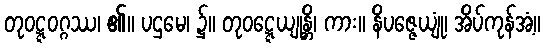
တုဝဋ္ဋဝဂ္ဂဿ၊ ၏။ ပဌမေ၊ ၌။ တုဝဋ္ဋေယျုန္တိ၊ ကား။ နိပဇ္ဇေယျုံ၊ အိပ်ကုန်အံ့။